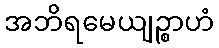
အဘိရမေယျဉ္စာဟံ